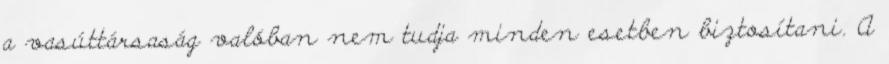
a vasúttársaság valóban nem tudja minden esetben biztosítani. A